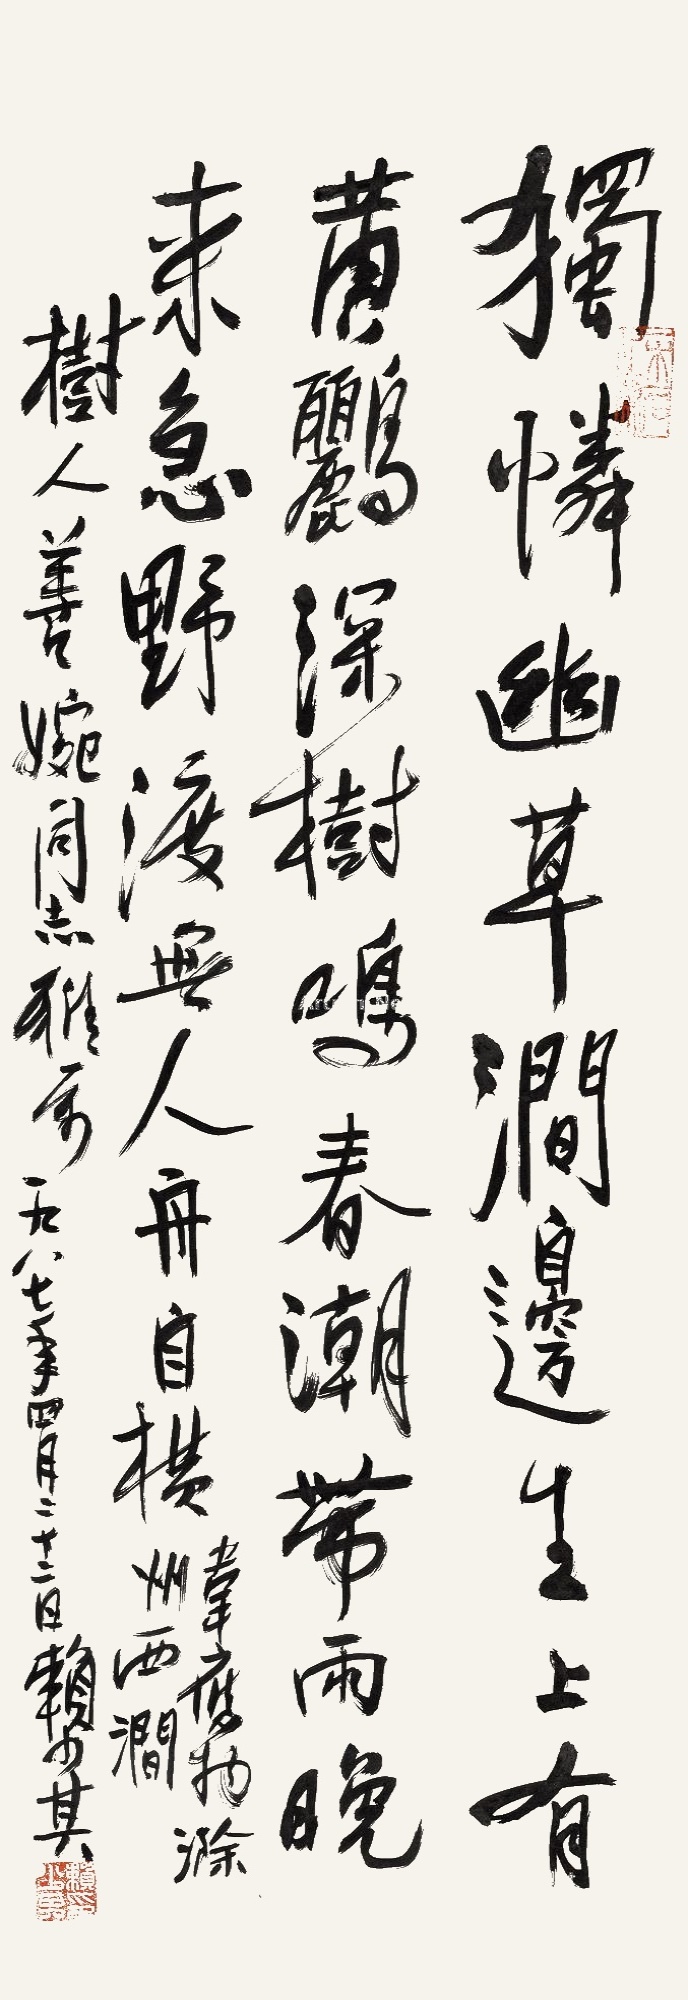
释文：独怜幽草涧边生，上有黄鹂深树鸣。春潮带雨晚来急，野渡无人舟自横。韦应物《滁州西涧》。树人善婉同志雅属，一九八七年四月二十二日赖少其。